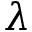
\lambda